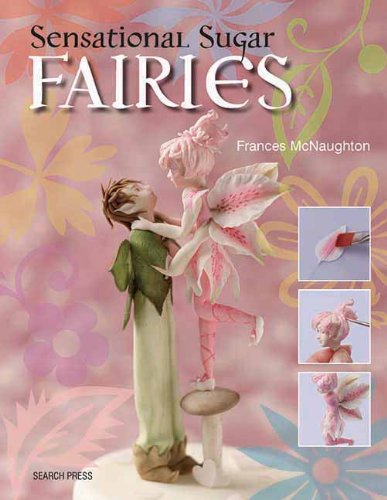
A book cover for Sensational Sugar Fairies; Frances McNaughton; Cookbooks, Food & Wine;